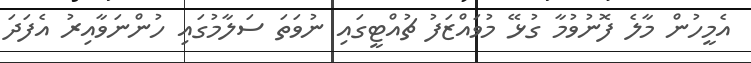
އެމީހުން މާލެ ފޮނުވުމާ ގުޅޭ މުވައްޒަފު ޗުއްޓީގައި ނުވަތަ ސަލާމުގައި ހުންނަވާއިރު އެފަދަ